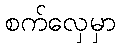
စက်လှေမှာ